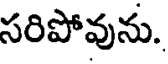
సరిపోవును.